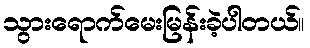
သွားရောက်မေးမြန်းခဲ့ပါတယ်။